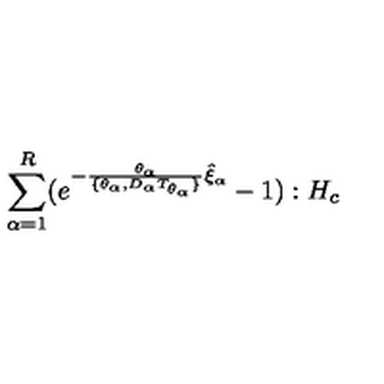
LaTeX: \sum _ { \alpha = 1 } ^ { R } ( e ^ { - \frac { \theta _ { \alpha } } { \lbrace \theta _ { \alpha } , D _ { \alpha } T _ { \theta _ { \alpha } } \rbrace } \hat { \xi } _ { \alpha } } - 1 ) : H _ { c }